Annual report of the Prince of Wales Medical College, Patna
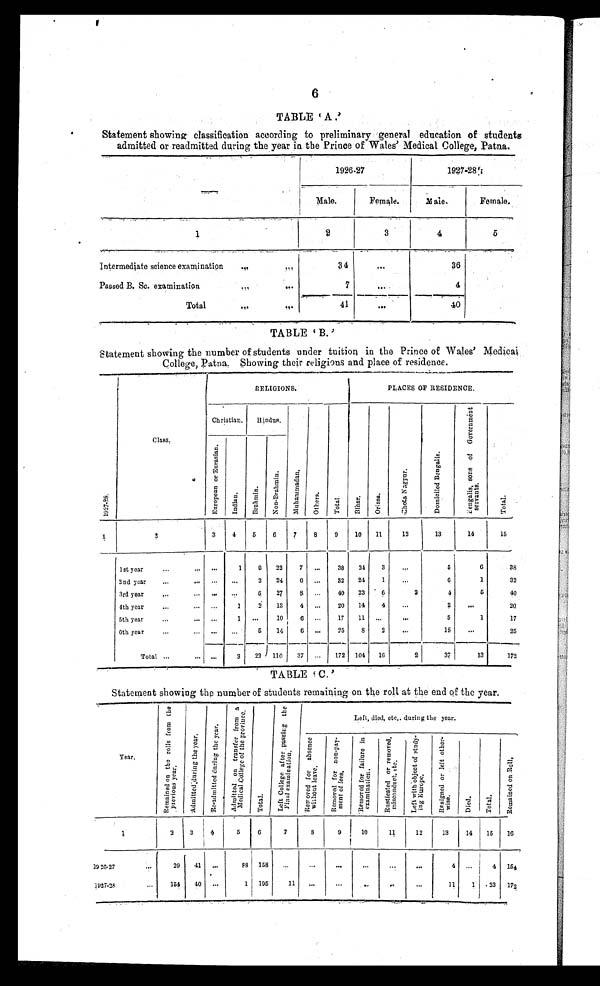
6
TABLE 'A.'
Statement showing classification according to preliminary general education of students
admitted or readmitted during the year in the Prince of Wales' Medical College, Patna.
—
1 9 2 6 – 2 7
1 9 2 7 – 2 8
Male.
Female.
M a l e .
Female.
1
2
3
4
5
Intermediate science examination
. . .
...
3 4
. . .
36
Passed B. Sc. examination
....
. . .
7
. . .
4
Total
. . .
. . .
41
. . .
40
TABLE 'B.'
Statement showing the number of students under tuition in the Prince of Wales' Medical
College, P atna. Showing their religions and place of residence.
1 9 2 7 – 2 8
.
Class.
RELIGIONS.
PLACES OF RESIDENCE.
Christian.
H i n d u s .
M u h
a m m a d a n .
O t h e r s.
T o t a l .
B i h a r .
O r i s s a .
C h o t a N a g p u r .
D o m i c i l e d B e n g a l i s .
B e n g a l i s , s o n s o f G o v e r n m e n t s e r v a n t s .
T o t a l .
E u r o p e a n o r E u r a s i a n .
I n d i a n .
B r a h m i n .
N o n - B r a h m i n .
1
2
3
4
5
6
7
8
9
10
1 1
12
13
1 4
15
1st year
...
. . .
. . .
1
8
22
7
...
38
24
3
. . .
5
6
38
2nd year
. . .
. . .
...
. . . .
3
24
6 ...
32
24
1
. . .
6
1
32
3rd year
. . .
. . .
...
. . . 5
27
8 ...
40
23
6
2
4
5
40
4th year
...
...
...
1
2
13
4 ...
20
14
4
. . .
2
. . .
20
5th year
...
... ...
1 ...
10
6 ...
17
1 1 ...
...
5
1
17
6th year
. . .
. . . ...
...
5
14
6 ...
25
8
2
...
15
...
25
Total ...
... ...
3
22 110
37
. . .
172 104
16
2
37
13
172
TABLE 'C.'
Statement showing the number of students remaining on the roll at the end of the year.
Year.
R e m a i n e d o n t h e r o l l s f r o m t h e p r e v i o u s y e a r .
A d m i t t e d d u r i n g t h e y e a r .
R e - a d m i t t e d d u r i n g t h e y e a r .
A d m i t t e d o n t r a n s f e r f r o m a M e d i c a l C o l l e g e o f t h e p r o v i n c e .
T o t a l .
L e f t C o l l e g e a f t e r p a s s i n g t h e F i n a l e x a m i n a t i o n .
Left, died, etc., during the year.
R e m o v e d f o r a b s e n c e w i t h o u t l e a v e .
R e m o v e d f o r n o n - p a y m e n t o f f e e s .
R e m o v e d f o r f a i l u r e i n e x a m i n a t i o n .
Rus t i c at ed or r emov ed, mi s c onduc t , ec t .
L e f t w i t h o b j e c t o f s t u d y i n g E u r o p e .
R e s i g n e d o r l e f t o t h e r w i s e .
D i e d .
T o t a l .
R e m a i n e d o n R o l l .
1
2
3
4
5
6
7
8
9
10
1 1
12
13
14
15
16
1 926–27
...
29
41 ...
88 158
...
. . .
. . .
...
. . .
. . .
4
. . .
4
154
1 9 2 7–28
. . .
154
40 ...
1 195
11
...
. . .
. . .
. . .
. . .
11
1
23
172